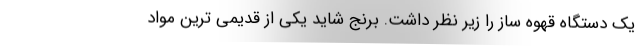
یک دستگاه قهوه ساز را زیر نظر داشت. برنج شاید یکی از قدیمی ترین مواد